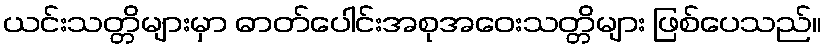
ယင်းသတ္တိများမှာ ဓာတ်ပေါင်းအစုအဝေးသတ္တိများ ဖြစ်ပေသည်။